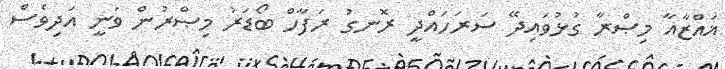
ޣައްޒާއާ މިޞްރާ ގުޅުވައިދޭ ސަރަހައްދީ ރޮނގު ރަފާހް ބޯޑަރު މިޞްރުން ވަނީ އަދިވެސް